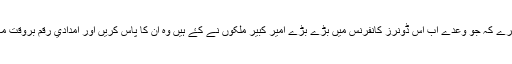
اللہ خير کرے کہ جو وعدے اب اس ڈونرز کانفرنس ميں بڑے بڑے امير کبير ملکوں نے کۓ ہيں وہ ان کا پاس کريں اور امدادي رقم بروقت مہيا کرديں۔